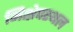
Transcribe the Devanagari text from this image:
निक्षेपस्थल